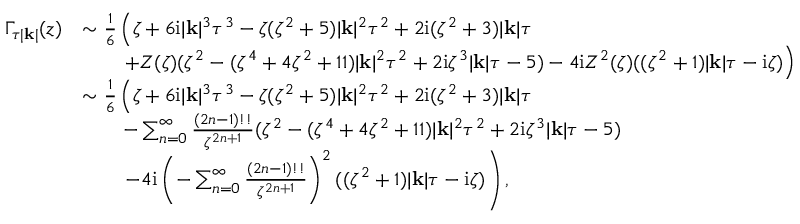
\begin{array} { r l } { \Gamma _ { \tau | \mathbf { k } | } ( z ) } & { \sim \frac { 1 } { 6 } \left( \zeta + 6 \mathrm { i } | \mathbf { k } | ^ { 3 } \tau ^ { 3 } - \zeta ( \zeta ^ { 2 } + 5 ) | \mathbf { k } | ^ { 2 } \tau ^ { 2 } + 2 \mathrm { i } ( \zeta ^ { 2 } + 3 ) | \mathbf { k } | \tau \right. } \\ & { \qquad \left. + Z ( \zeta ) ( \zeta ^ { 2 } - ( \zeta ^ { 4 } + 4 \zeta ^ { 2 } + 1 1 ) | \mathbf { k } | ^ { 2 } \tau ^ { 2 } + 2 \mathrm { i } \zeta ^ { 3 } | \mathbf { k } | \tau - 5 ) - 4 \mathrm { i } Z ^ { 2 } ( \zeta ) ( ( \zeta ^ { 2 } + 1 ) | \mathbf { k } | \tau - \mathrm { i } \zeta ) \right) } \\ & { \sim \frac { 1 } { 6 } \left( \zeta + 6 \mathrm { i } | \mathbf { k } | ^ { 3 } \tau ^ { 3 } - \zeta ( \zeta ^ { 2 } + 5 ) | \mathbf { k } | ^ { 2 } \tau ^ { 2 } + 2 \mathrm { i } ( \zeta ^ { 2 } + 3 ) | \mathbf { k } | \tau \right. } \\ & { \qquad - \sum _ { n = 0 } ^ { \infty } \frac { ( 2 n - 1 ) ! ! } { \zeta ^ { 2 n + 1 } } ( \zeta ^ { 2 } - ( \zeta ^ { 4 } + 4 \zeta ^ { 2 } + 1 1 ) | \mathbf { k } | ^ { 2 } \tau ^ { 2 } + 2 \mathrm { i } \zeta ^ { 3 } | \mathbf { k } | \tau - 5 ) } \\ & { \qquad \left. - 4 \mathrm { i } \left( - \sum _ { n = 0 } ^ { \infty } \frac { ( 2 n - 1 ) ! ! } { \zeta ^ { 2 n + 1 } } \right) ^ { 2 } ( ( \zeta ^ { 2 } + 1 ) | \mathbf { k } | \tau - \mathrm { i } \zeta ) \right) , } \end{array}